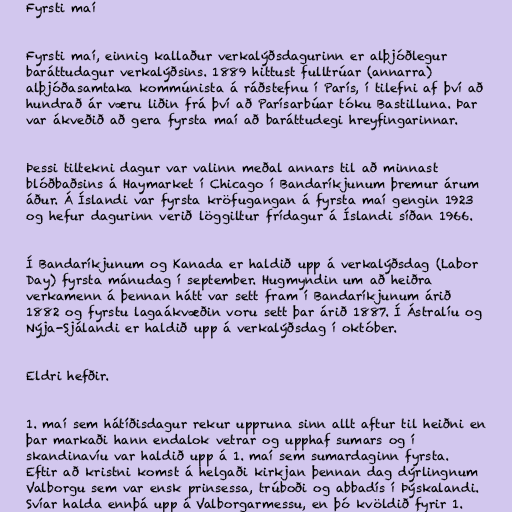
Fyrsti maí

Fyrsti maí, einnig kallaður verkalýðsdagurinn er alþjóðlegur
baráttudagur verkalýðsins. 1889 hittust fulltrúar (annarra)
alþjóðasamtaka kommúnista á ráðstefnu í París, í tilefni af því að
hundrað ár væru liðin frá því að Parísarbúar tóku Bastilluna. Þar
var ákveðið að gera fyrsta maí að baráttudegi hreyfingarinnar.

Þessi tiltekni dagur var valinn meðal annars til að minnast
blóðbaðsins á Haymarket í Chicago í Bandaríkjunum þremur árum
áður. Á Íslandi var fyrsta kröfugangan á fyrsta maí gengin 1923
og hefur dagurinn verið löggiltur frídagur á Íslandi síðan 1966.

Í Bandaríkjunum og Kanada er haldið upp á verkalýðsdag (Labor
Day) fyrsta mánudag í september. Hugmyndin um að heiðra
verkamenn á þennan hátt var sett fram í Bandaríkjunum árið
1882 og fyrstu lagaákvæðin voru sett þar árið 1887. Í Ástralíu og
Nýja-Sjálandi er haldið upp á verkalýðsdag í október.

Eldri hefðir.

1. maí sem hátíðisdagur rekur uppruna sinn allt aftur til heiðni en
þar markaði hann endalok vetrar og upphaf sumars og í
skandinavíu var haldið upp á 1. maí sem sumardaginn fyrsta.
Eftir að kristni komst á helgaði kirkjan þennan dag dýrlingnum
Valborgu sem var ensk prinsessa, trúboði og abbadís í Þýskalandi.
Svíar halda ennþá upp á Valborgarmessu, en þó kvöldið fyrir 1.